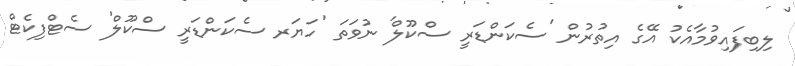
ލިބިފައިވުމާއެކު އޭގެ އިތުރުން 'ސެކަންޑަރީ ސްކޫލް' ނުވަތަ 'ހަޔަރ ސެކަންޑަރީ ސްކޫލް' ސެޓްފިކެޓް